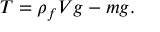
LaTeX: T = \rho _ { f } V g - m g .